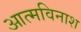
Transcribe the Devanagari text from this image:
आत्मविनाश